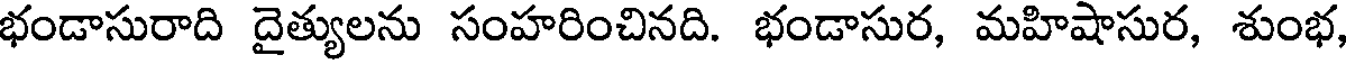
భండాసురాది దైత్యులను సంహరించినది. భండాసుర, మహిషాసుర, శుంభ,